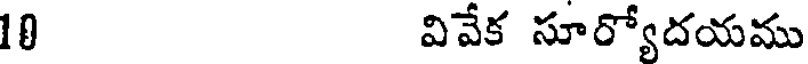
10 వివేక సూర్యోదయము